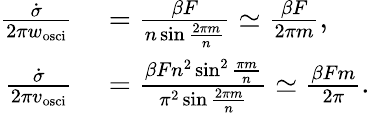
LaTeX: \begin{array}{rl}{\frac{\dot{\sigma}}{2\pi w_{\mathrm{osci}}}}&{{}=\frac{\beta F}{n\sin\frac{2\pi m}{n}}\simeq\frac{\beta F}{2\pi m},}\\ {\frac{\dot{\sigma}}{2\pi v_{\mathrm{osci}}}}&{{}=\frac{\beta Fn^{2}\sin^{2}\frac{\pi m}{n}}{\pi^{2}\sin\frac{2\pi m}{n}}\simeq\frac{\beta Fm}{2\pi}.}\end{array}